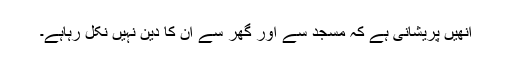
انھیں پریشانی ہے کہ مسجد سے اور گھر سے ان کا دین نہیں نکل رہاہے۔